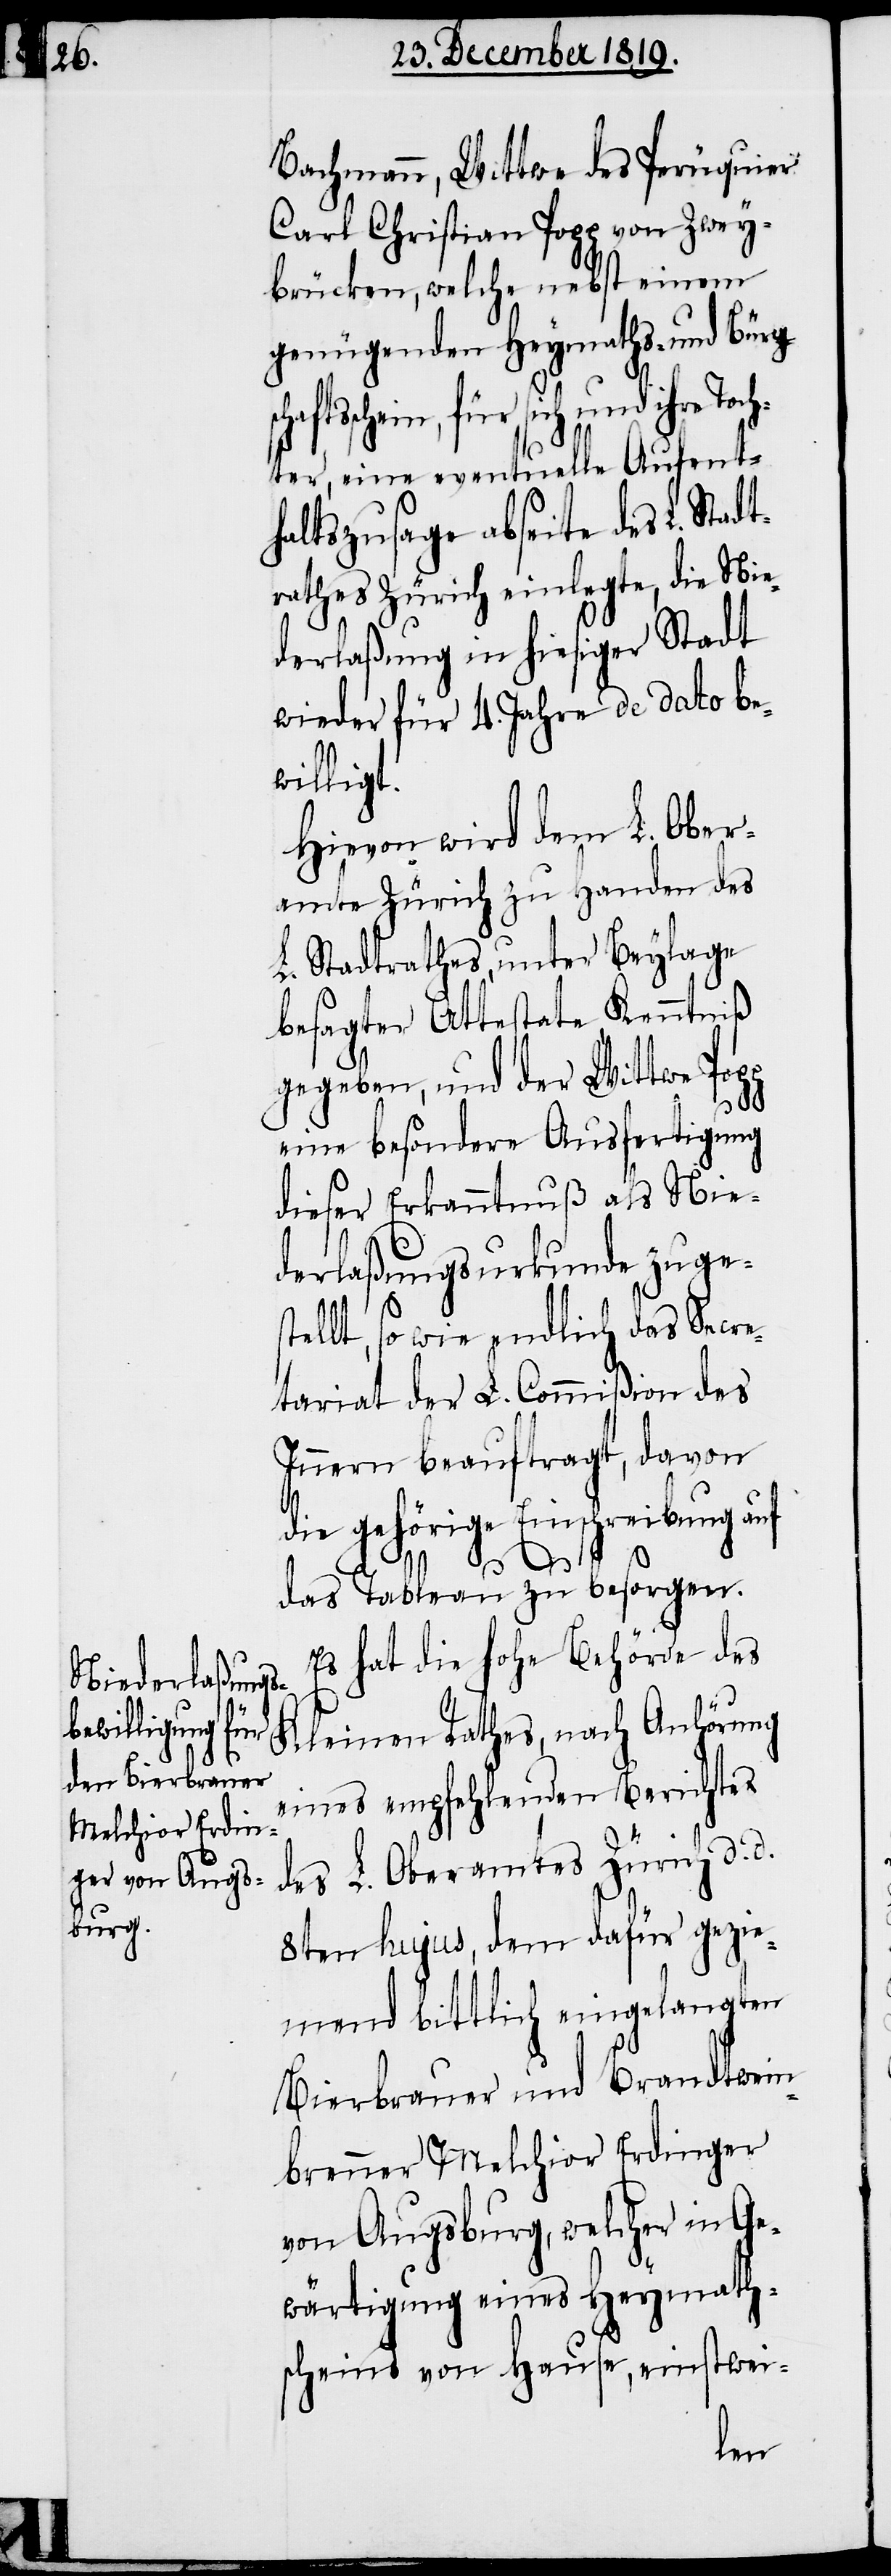
Bachmann, Wittwe des Perüquier
Carl Christian Popp von Zwey¬
brücken, welche nebst einem
genügenden Heymaths- und Bürg¬
schein, für sich und ihre
ter, eine eventuelle Aufent¬
haltszusage abseite des L. St¬
rathes Zürich einlegte, die Nie¬
derlaßung in hiesiger Stadt
wieder für 4. Jahre de dato be¬
willigt.
Hievon wird dem L. Ober¬
amte Zürich zu Handen des
L. Stadtrathes, unter Beylage
besagter Attestate Kenntniß
gegeben, und der Wittwe Pop¬
eine besondere Ausfertigung
dieser Erkanntnuß als Nie¬
derlaßungsurkunde zuges¬
tellt, so wie endlich das Secre¬
tariat der L. Commißion des
Innern beauftragt, davon
die gehörige Einschreibung auf
adt¬
p
fts¬
das Tableau zu besorgen.
Es hat die hohe Behörde des
Kleinen Rathes, nach Anhörung
eines empfehlenden Berichtes
des L. Oberamtes Zürich d. d.
8ten hujus, dem dafür gezie¬
mend bittlich eingelangten
Bierbrauer und Brandtwein¬
brenner Melchior Erdinger
von Augsburg, welcher in Ge¬
wärtigung eines Heymath¬
scheins von Hause, einstwei-